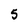
Character: 5